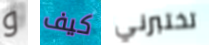
و كيف تختبرني